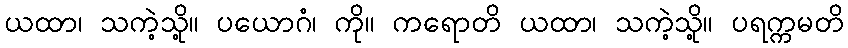
ယထာ၊ သကဲ့သို့။ ပယောဂံ၊ ကို။ ကရောတိ ယထာ၊ သကဲ့သို့။ ပရက္ကမတိ